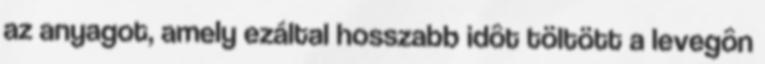
az anyagot, amely ezáltal hosszabb idôt töltött a levegôn